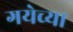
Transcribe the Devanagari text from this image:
गयेच्या